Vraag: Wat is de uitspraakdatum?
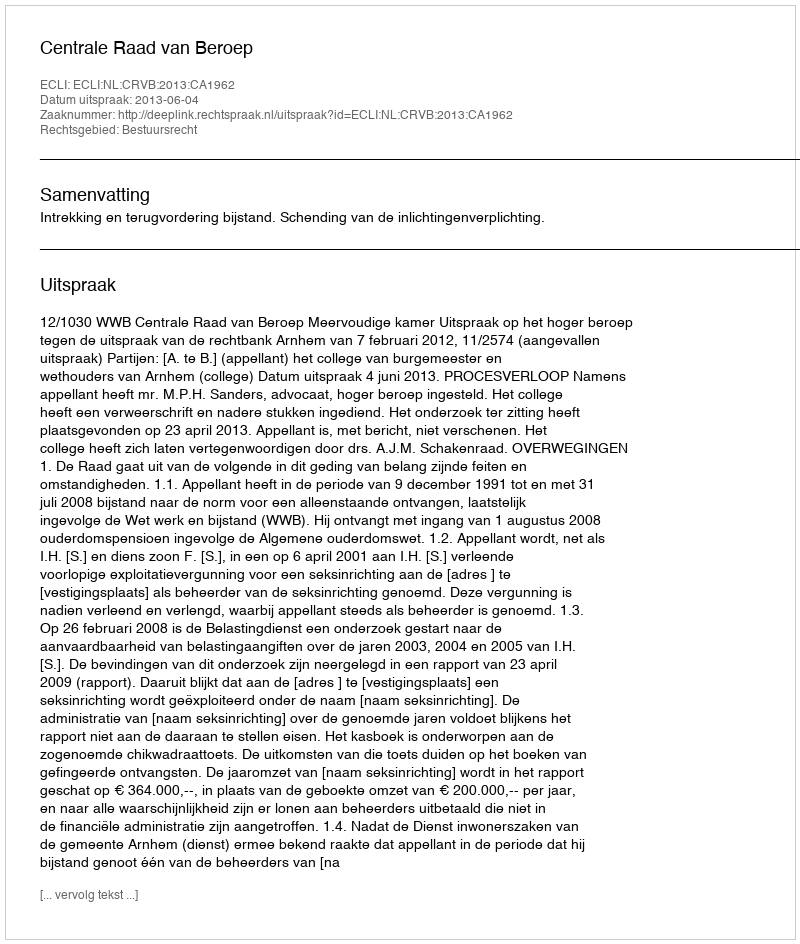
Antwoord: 2013-06-04